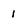
Character: 1